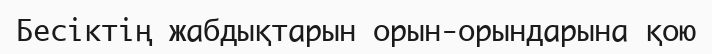
Бесіктің жабдықтарын орын-орындарына қою